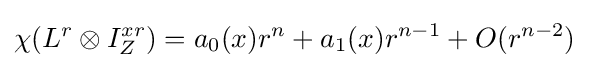
\chi (L^{r}\otimes I_{Z}^{xr})=a_{0}(x)r^{n}+a_{1}(x)r^{n-1}+O(r^{n-2})